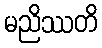
မညိဿတိ